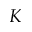
K